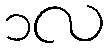
၁လ